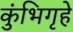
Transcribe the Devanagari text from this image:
कुंभिगृहे